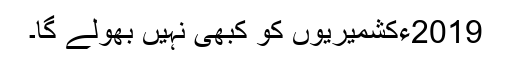
2019ءکشمیریوں کو کبھی نہیں بھولے گا۔